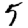
Digit: 5